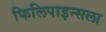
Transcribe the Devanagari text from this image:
फिलिपाइन्सला